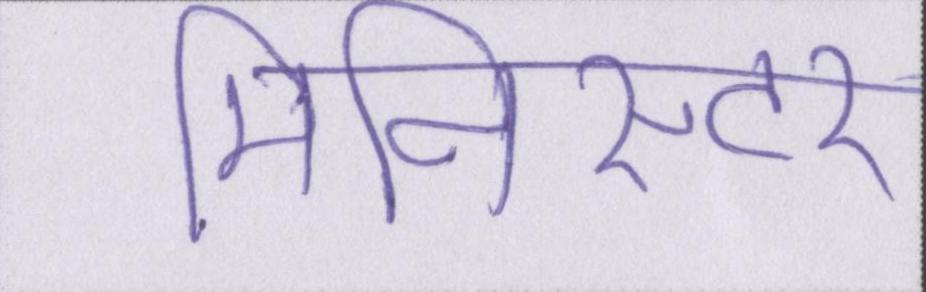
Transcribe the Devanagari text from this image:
मिनिस्टर